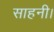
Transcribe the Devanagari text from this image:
साहनी।